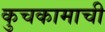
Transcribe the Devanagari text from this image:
कुचकामाची